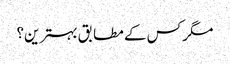
مگر کس کے مطابق بہترین؟